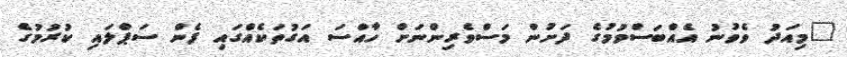
"މިއަދު ވެވުނު އެއްބަސްވުމުގެ ދަށުން މަސްވެރިންނަށް ހާއްސަ އަގުތަކެއްގައި ފެން ސަޕްލައި ކުރުމުގެ